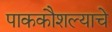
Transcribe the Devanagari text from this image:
पाककौशल्याचे